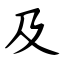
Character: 及